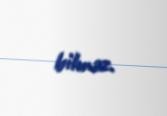
bilməz.